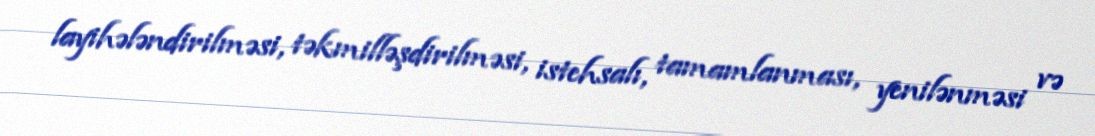
layihələndirilməsi, təkmilləşdirilməsi, istehsalı, tamamlanması, yenilənməsi və